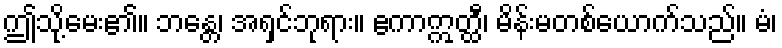
ဤသို့မေး၏။ ဘန္တေ၊ အရှင်ဘုရား။ ဧကာဣတ္ထီ၊ မိန်းမတစ်ယောက်သည်။ မံ၊